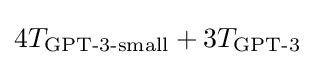
4T_{\text{GPT-3-small}}+3T_{\text{GPT-3}}